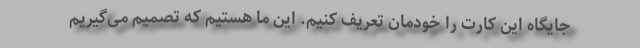
جایگاه این کارت را خودمان تعریف کنیم. این ما هستیم که تصمیم می‌گیریم